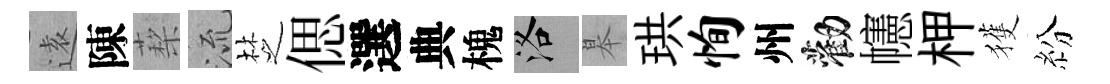
逺陳蔾𣴑椘偲選典槐洛皋珙恂州勸幰柙獲紛